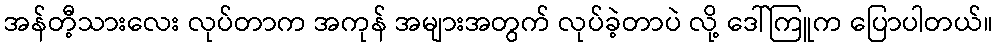
အန်တီ့သားလေး လုပ်တာက အကုန် အများအတွက် လုပ်ခဲ့တာပဲ လို့ ဒေါ်ကြူက ပြောပါတယ်။